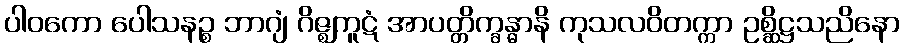
ပါဝကော ပေါသနဉ္စ ဘာဂျံ ဂိဇ္ဈကူဋံ အာပတ္တိက္ခန္ဓာနိ ကုသလဝိတက္ကာ ဥစ္ဆိဋ္ဌသညိနော